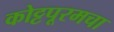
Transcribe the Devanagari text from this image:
कोट्टपूरमचा